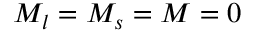
M _ { l } = M _ { s } = M = 0